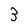
Character: 3